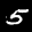
Label: 5